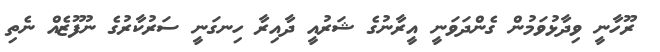
ރޫހާނީ ވިދާޅުވަމުން ގެންދަވަނީ އީރާނުގެ ޝަރުއީ ދާއިރާ ހިނގަނީ ސަރުކާރުގެ ނުފޫޒެއް ނެތި